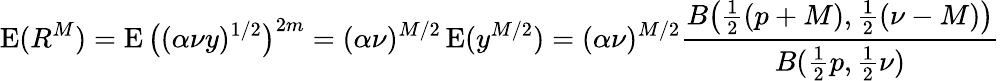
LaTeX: \operatorname{E}(R^{M})=\operatorname{E}{\big(}(\alpha\nu y)^{1/2}{\big)}^{2m}=(\alpha\nu)^{M/2}\operatorname{E}(y^{M/2})=(\alpha\nu)^{M/2}{\frac{B{\big(}{\frac{1}{2}}(p+M),{\frac{1}{2}}(\nu-M){\big)}}{B({\frac{1}{2}}p,{\frac{1}{2}}\nu)}}